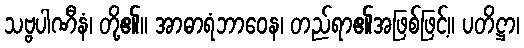
သဗ္ဗပါဏီနံ၊ တို့၏။ အာဓာရံဘာဝေန၊ တည်ရာ၏အဖြစ်ဖြင့်။ ပတိဋ္ဌာ၊